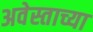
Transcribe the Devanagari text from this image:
अवेस्ताच्या